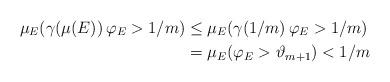
LaTeX: \begin{align*}\mu_{E}(\gamma(\mu(E))\,\varphi_{E}>1/m) & \leq\mu_{E}(\gamma(1/m)\,\varphi_{E}>1/m)\\& =\mu_{E}(\varphi_{E}>\vartheta_{m+1})<1/m\end{align*}